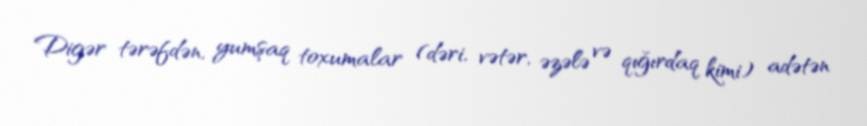
Digər tərəfdən, yumşaq toxumalar (dəri, vətər, əzələ və qığırdaq kimi) adətən